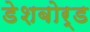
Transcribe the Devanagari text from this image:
डेशबोर्ड